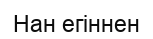
Нан егіннен